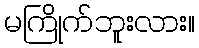
မကြိုက်ဘူးလား။